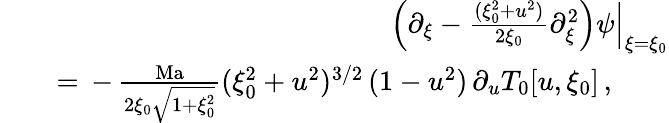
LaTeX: \begin{array}{rlr}&{}&{{\left(\partial_{\xi}-\frac{(\xi_{0}^{2}+u^{2})}{2\xi_{0}}\partial_{\xi}^{2}\right){\psi}}\Big\vert_{\xi=\xi_{0}}}\\ &{}&{=\, -\, \frac{\mathrm{Ma}}{2\xi_{0}\sqrt{1+\xi_{0}^{2}}}(\xi_{0}^{2}+u^{2})^{3/2}\, (1-u^{2})\, \partial_{u}T_{0}[u,\xi_{0}]\, ,\qquad}\end{array}